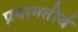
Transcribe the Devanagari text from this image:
प्रयागतीर्थ